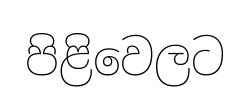
පිළිවෙලට